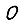
Digit: 0